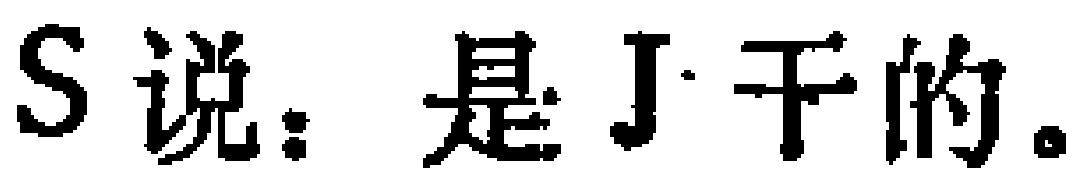
S说：是J干的。